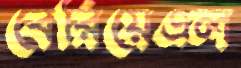
বেরিয়েএল